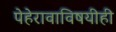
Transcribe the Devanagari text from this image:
पेहेरावाविषयीही